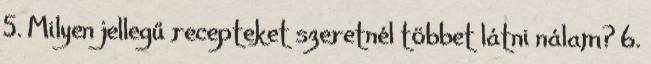
5. Milyen jellegű recepteket szeretnél többet látni nálam? 6.